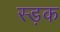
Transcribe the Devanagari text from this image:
स्ड़क